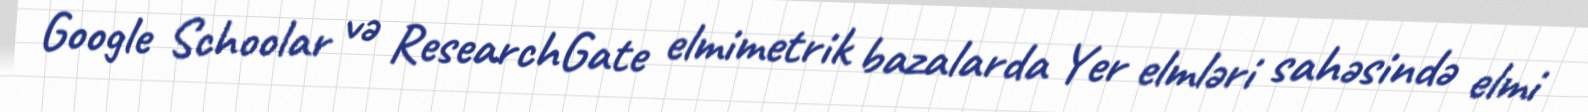
Google Schoolar və ResearchGate elmimetrik bazalarda Yer elmləri sahəsində elmi